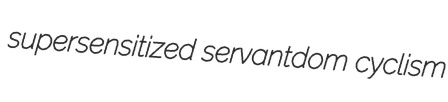
supersensitized servantdom cyclism